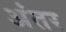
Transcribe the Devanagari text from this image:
अंंतर